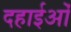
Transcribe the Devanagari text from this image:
दहाईओं